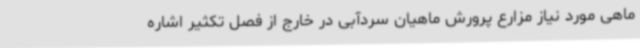
ماهی مورد نیاز مزارع پرورش ماهیان سردآبی در خارج از فصل تکثیر اشاره